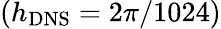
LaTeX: \left({{h_{\mathrm{{DNS}}}}=2\pi/1024}\right)